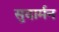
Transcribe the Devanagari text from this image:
सुदार्मन